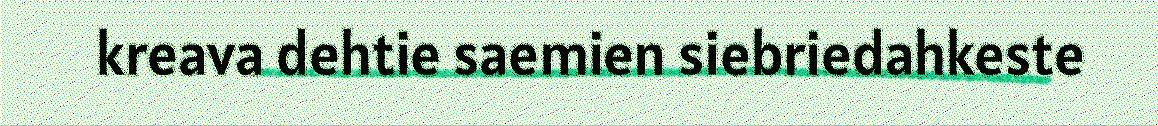
kreava dehtie saemien siebriedahkeste